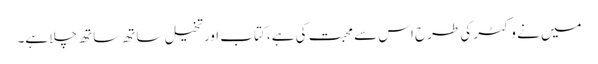
میں نے وکٹر کی طرح اس سے محبت کی ہے، کتاب اورتخیل ساتھ ساتھ چلا ہے۔